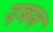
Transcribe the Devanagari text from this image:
दबन